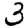
Digit: 3